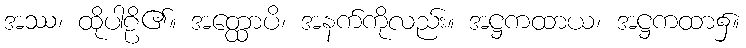
အဿ၊ ထိုပါဠိ၏။ အတ္ထောပိ၊ အနက်ကိုလည်း။ အဋ္ဌကထာယ၊ အဋ္ဌကထာ၌။